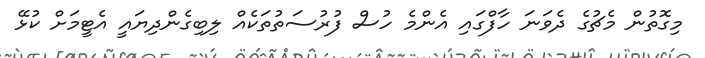
މިގޮތުން މެޗުގެ ދެވަނަ ހާފްގައި އެންމެ ހުސް ފުރުސަތުތަކެއް ލިބިގެންދިޔައީ އެޓީމަށް ކުޅޭ